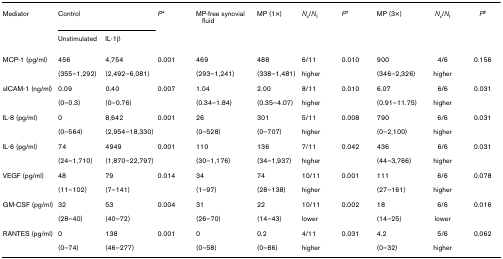
<table><thead><tr><td><b>Mediator</b></td><td colspan="2"><b>Control</b></td><td><b><i>P</i>*</b></td><td><b>MP-free synovial fluid</b></td><td><b>MP (1×)</b></td><td><b><i>N</i><sub>x</sub>/<i>N</i><sub>t</sub></b></td><td><b><i>P</i><sup>†</sup></b></td><td><b>MP (3×)</b></td><td><b><i>N</i><sub>x</sub>/<i>N</i><sub>t</sub></b></td><td><b><i>P</i><sup>‡</sup></b></td></tr><tr><td></td><td><b>Unstimulated</b></td><td><b>IL-1β</b></td><td></td><td></td><td></td><td></td><td></td><td></td><td></td><td></td></tr></thead><tbody><tr><td>MCP-1 (pg/ml)</td><td>456</td><td>4,754</td><td>0.001</td><td>469</td><td>488</td><td>6/11</td><td>0.010</td><td>900</td><td>4/6</td><td>0.156</td></tr><tr><td></td><td>(355–1,292)</td><td>(2,492–6,081)</td><td></td><td>(293–1,241)</td><td>(338–1,481)</td><td>higher</td><td></td><td>(346–2,326)</td><td>higher</td><td></td></tr><tr><td>sICAM-1 (ng/ml)</td><td>0.09</td><td>0.40</td><td>0.007</td><td>1.04</td><td>2.00</td><td>8/11</td><td>0.010</td><td>6.07</td><td>6/6</td><td>0.031</td></tr><tr><td></td><td>(0–0.3)</td><td>(0–0.76)</td><td></td><td>(0.34–1.84)</td><td>(0.35–4.07)</td><td>higher</td><td></td><td>(0.91–11.75)</td><td>higher</td><td></td></tr><tr><td>IL-8 (pg/ml)</td><td>0</td><td>8,642</td><td>0.001</td><td>26</td><td>301</td><td>5/11</td><td>0.008</td><td>790</td><td>6/6</td><td>0.031</td></tr><tr><td></td><td>(0–564)</td><td>(2,954–18,330)</td><td></td><td>(0–528)</td><td>(0–707)</td><td>higher</td><td></td><td>(0–2,100)</td><td>higher</td><td></td></tr><tr><td>IL-6 (pg/ml)</td><td>74</td><td>4949</td><td>0.001</td><td>110</td><td>136</td><td>7/11</td><td>0.042</td><td>436</td><td>6/6</td><td>0.031</td></tr><tr><td></td><td>(24–1,710)</td><td>(1,870–22,797)</td><td></td><td>(30–1,176)</td><td>(34–1,937)</td><td>higher</td><td></td><td>(44–3,766)</td><td>higher</td><td></td></tr><tr><td>VEGF (pg/ml)</td><td>48</td><td>79</td><td>0.014</td><td>34</td><td>74</td><td>10/11</td><td>0.001</td><td>111</td><td>6/6</td><td>0.078</td></tr><tr><td></td><td>(11–102)</td><td>(7–141)</td><td></td><td>(1–97)</td><td>(28–138)</td><td>higher</td><td></td><td>(27–161)</td><td>higher</td><td></td></tr><tr><td>GM-CSF (pg/ml)</td><td>32</td><td>53</td><td>0.004</td><td>31</td><td>22</td><td>10/11</td><td>0.002</td><td>18</td><td>6/6</td><td>0.016</td></tr><tr><td></td><td>(28–40)</td><td>(40–72)</td><td></td><td>(26–70)</td><td>(14–43)</td><td>lower</td><td></td><td>(14–25)</td><td>lower</td><td></td></tr><tr><td>RANTES (pg/ml)</td><td>0</td><td>138</td><td>0.001</td><td>0</td><td>0.2</td><td>4/11</td><td>0.031</td><td>4.2</td><td>5/6</td><td>0.062</td></tr><tr><td></td><td>(0–74)</td><td>(46–277)</td><td></td><td>(0–58)</td><td>(0–86)</td><td>higher</td><td></td><td>(0–32)</td><td>higher</td><td></td></tr></tbody></table>